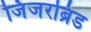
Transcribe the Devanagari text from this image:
जिंजरब्रिड